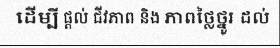
ដើម្បី ផ្តល់ ជីវភាព និង ភាពថ្លៃថ្នូរ ដល់